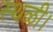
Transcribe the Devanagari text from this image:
स्थळी।